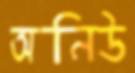
অনিউ